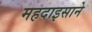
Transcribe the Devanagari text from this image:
महदाइसाने